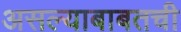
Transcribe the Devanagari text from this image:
असल्याबाबतची